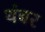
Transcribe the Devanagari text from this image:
थंबर